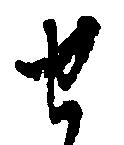
せ